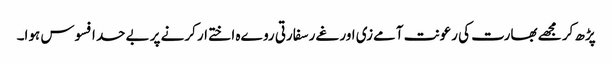
پڑھ کر مجھے بھارت کی رعونت آمےزی اور غےر سفارتی روےہ اختےار کرنے پر بےحد افسوس ہوا۔